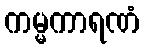
ကမ္မကာရဏံ